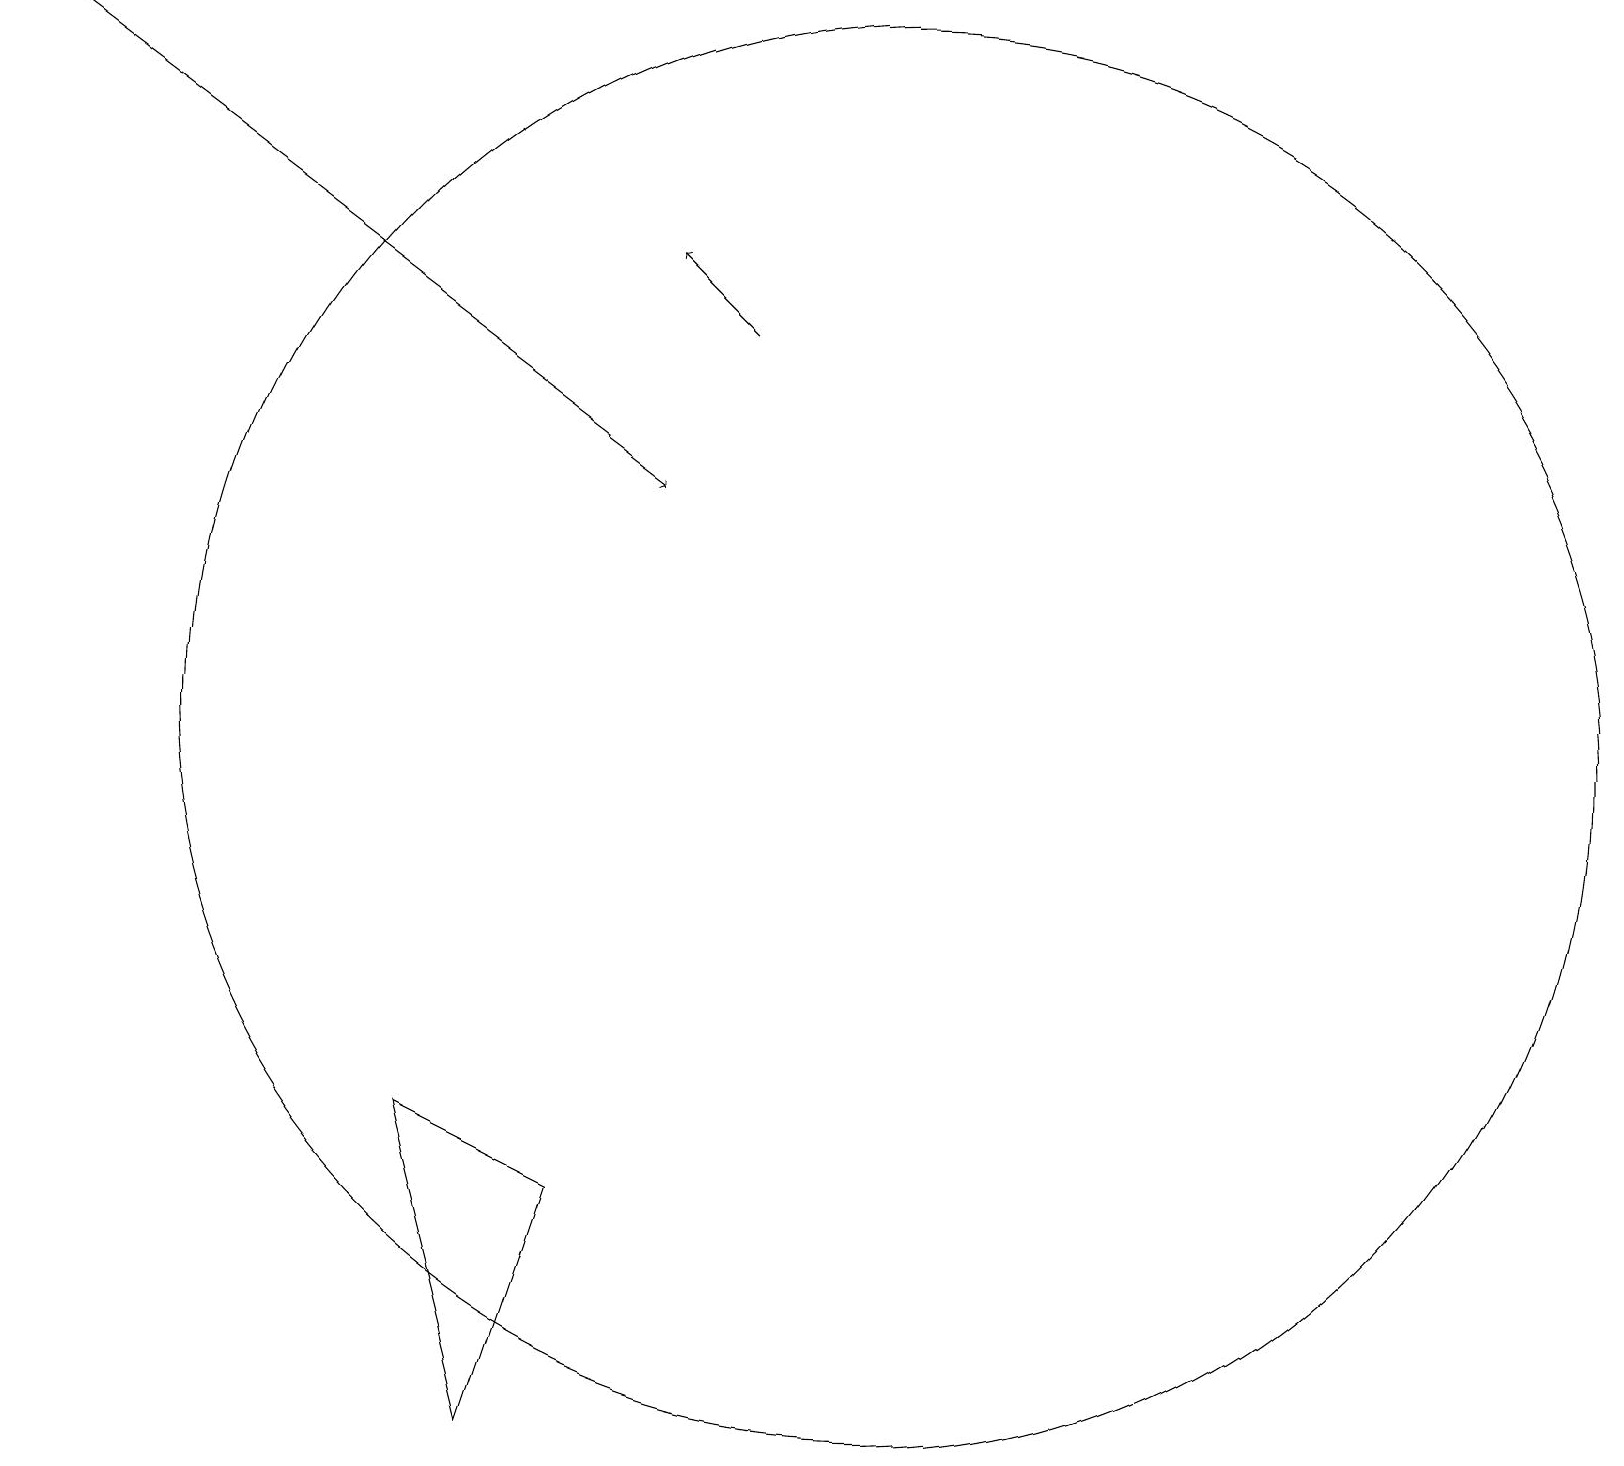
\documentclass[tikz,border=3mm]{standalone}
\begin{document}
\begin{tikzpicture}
\draw[->] (9,15) -- (8,16);
\draw (5,5) -- (6,1) -- (7,4) -- cycle;
\draw (11,10) circle (9);
\draw[->] (0,19) -- (8,13);
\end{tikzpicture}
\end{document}